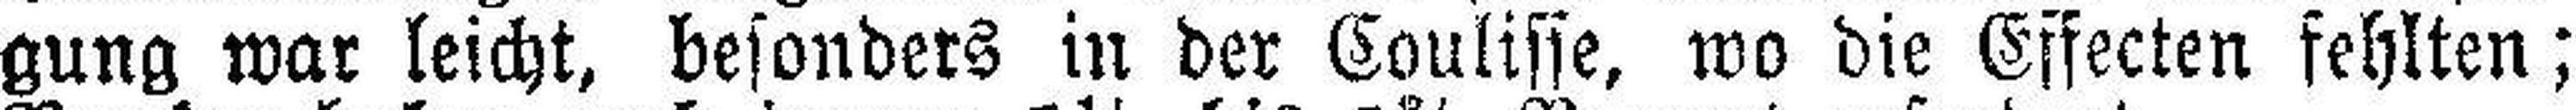
gung war leicht, besonders in der Coulisse, wo die Effecten fehlten;